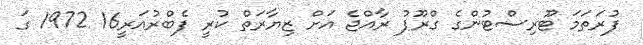
ފުރަތަމަ ޓޫރިސްޓުންގެ ގްރޫޕު ރާއްޖެ އަށް ޒިޔާރަތް ކުރީ ފެބްރުއަރީ16 1972 ގަ